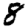
Digit: 8